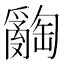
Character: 𤕅